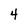
Character: 4